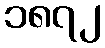
၁၈၇၂